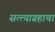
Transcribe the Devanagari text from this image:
सत्त्याग्रहाचा